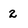
Character: 2